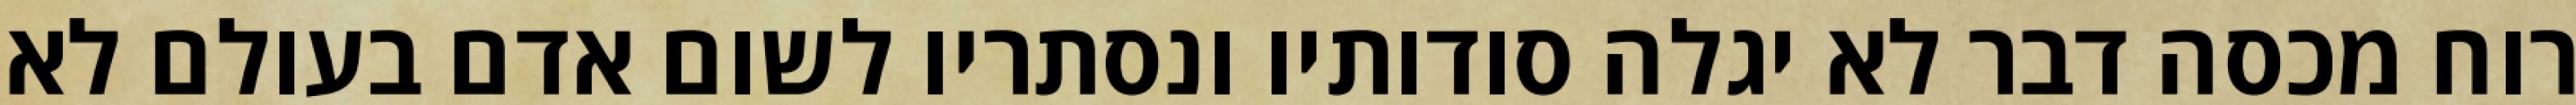
רוח מכסה דבר לא יגלה סודותיו ונסתריו לשום אדם בעולם לא